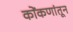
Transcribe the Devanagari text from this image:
कोंकणांतून